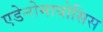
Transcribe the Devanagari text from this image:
एडेनोमायोसिस